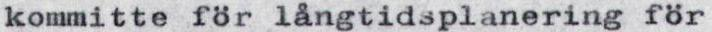
kommitte för långtidsplanering för